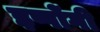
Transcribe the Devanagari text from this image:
इप्पोंगी